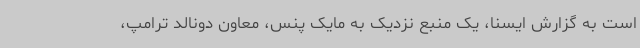
است به گزارش ایسنا، یک منبع نزدیک به مایک پنس، معاون دونالد ترامپ،